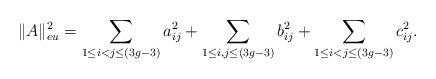
LaTeX: \begin{align*} \|A\|_{eu}^2 = \sum_{1\leq i<j\leq (3g-3)}a_{ij}^2+\sum_{1\leq i,j\leq (3g-3)}b_{ij}^2+\sum_{1\leq i<j\leq (3g-3)}c_{ij}^2.\end{align*}